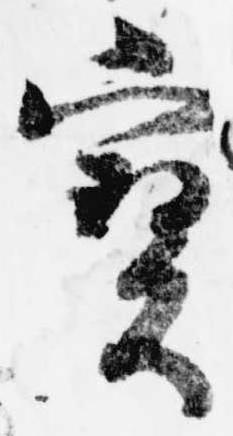
宝